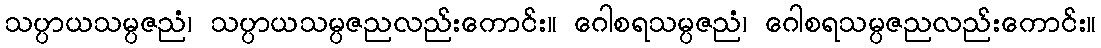
သပ္ပာယသမ္ပဇညံ၊ သပ္ပာယသမ္ပဇညလည်းကောင်း။ ဂေါစရသမ္ပဇညံ၊ ဂေါစရသမ္ပဇညလည်းကောင်း။